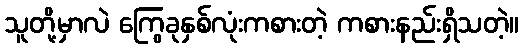
သူတို့မှာလဲ ကြွေခုနှစ်လုံးကစားတဲ့ ကစားနည်းရှိသတဲ့။